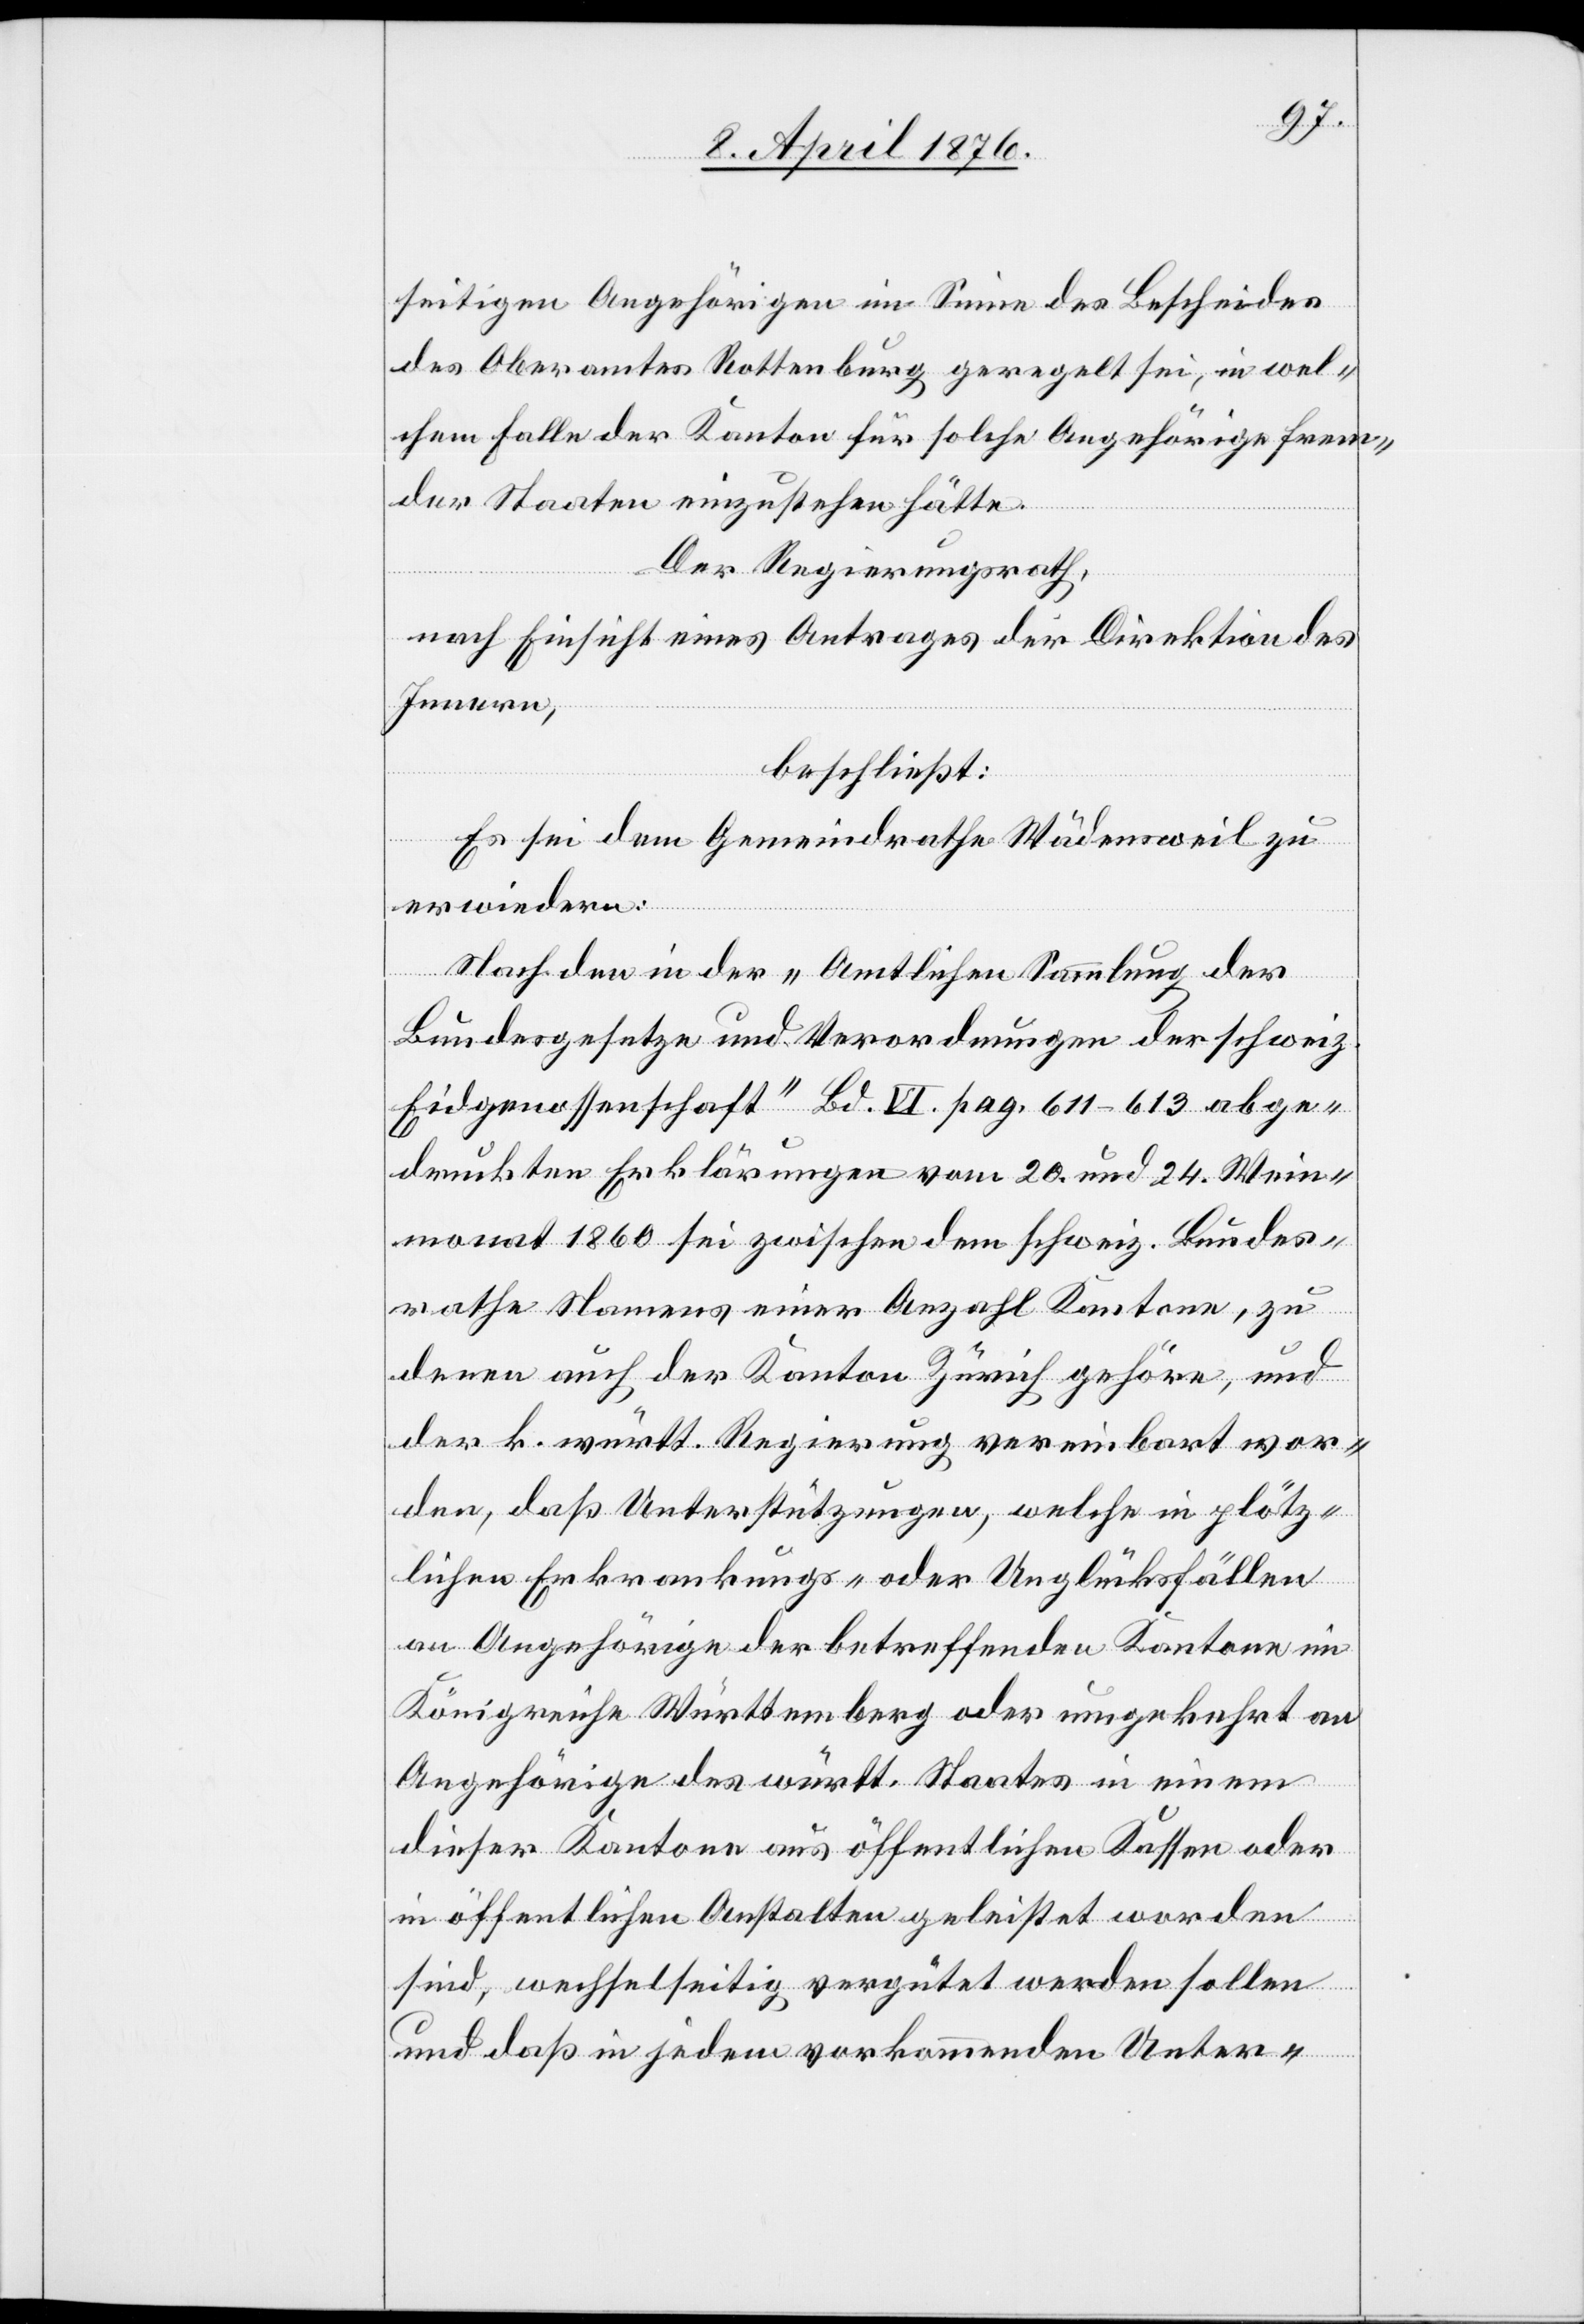
seitigen Angehörigen im Sinne des Bescheides
des Oberamtes Rottenburg geregelt sei, in wel¬
chem Falle der Kanton für solche Angehörige frem¬
der Staaten einzustehen hätte.
Der Regierungsrath,
nach Einsicht eines Antrages der Direktion des
Innern,
beschließt:
Es sei dem Gemeindrath Wädensweil zu
erwiedern:
Nach den in der „Amtlichen Sammlung der
Bundesgesetze und Verordnungen der schweiz.
Eidgenossenschaft“ Bd. VI. pag. 611–613 abge¬
druckten Erklärungen vom 20. und 24. Wein¬
monat 1860 sei zwischen dem schweiz. Bundes¬
rathe namens einer Anzahl Kantone, zu
denen auch der Kanton Zürich gehöre, und
der k. württ. Regierung vereinbart wor¬
den, daß Unterstützungen, welche in plötz¬
lichen Erkrankungs- oder Unglücksfällen
an Angehörige der betreffenden Kantone im
Königreiche Württemberg oder umgekehrt an
Angehörige des württ. Staates in einem
dieser Kantone aus öffentlichen Kassen oder
in öffentlichen Anstalten geleistet worden
sind, wechselseitig vergütet werden sollen
und daß in jedem vorkommenden Unter-